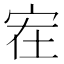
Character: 𰌻